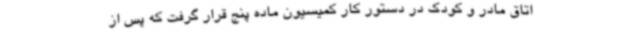
اتاق مادر و کودک در دستور کار کمیسیون ماده پنج قرار گرفت که پس از